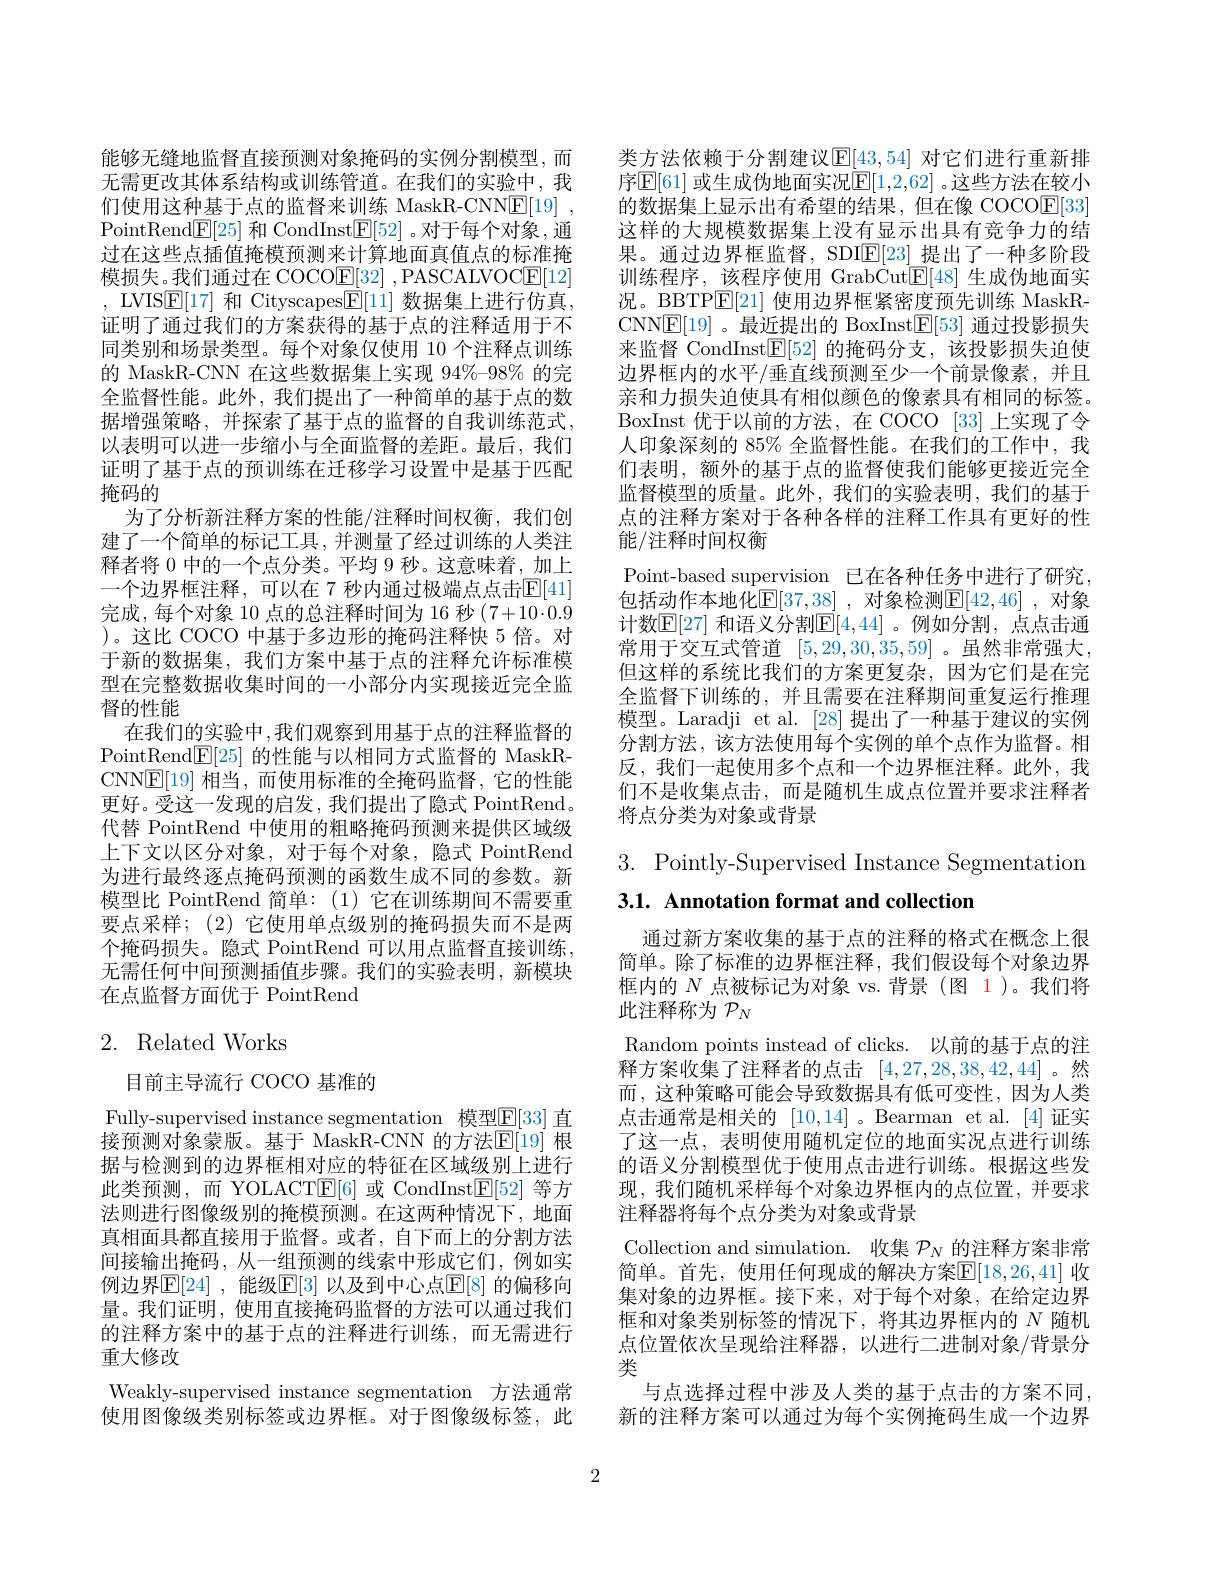
能够无缝地监督直接预测对象掩码的实例分割模型，而无需更改其体系结构或训练管道。在我们的实验中，我们使用这种基于点的监督来训练 MaskR-CNN$\underline {\mathrm{F} }[ 19]$ , PointRend$\underline{\mathbb{E}}[25]$和 CondInst$\underline{\mathbb{E}}[52]$ 。对于每个对象，通过在这些点插值掩模预测来计算地面真值点的标准掩模损失。我们通过在 COCO$\mathbb{E}[32]$ ,PASCALVOCE[12] , LVISE[17] 和 Cityscapes$\boxed{\mathrm{E}}[11]$ 数据集上进行仿真， 证明了通过我们的方案获得的基于点的注释适用于不同类别和场景类型。每个对象仅使用 10 个注释点训练的 MaskR-CNN 在这些数据集上实现 94%-98% 的完全监督性能。此外，我们提出了一种简单的基于点的数据增强策略，并探索了基于点的监督的自我训练范式， 以表明可以进一步缩小与全面监督的差距。最后，我们证明了基于点的预训练在迁移学习设置中是基于匹配掩码的
为了分析新注释方案的性能/注释时间权衡，我们创建了一个简单的标记工具，并测量了经过训练的人类注释者将 0 中的一个点分类。平均 9 秒。这意味着，加上一个边界框注释，可以在 7 秒内通过极端点点击$\mathbb{E}[41]$ 完成，每个对象 10 点的总注释时间为 16 秒$(7+10\cdot0.9$ )。这比 COCO 中基于多边形的掩码注释快 5 倍。对于新的数据集，我们方案中基于点的注释允许标准模型在完整数据收集时间的一小部分内实现接近完全监督的性能
在我们的实验中，我们观察到用基于点的注释监督的PointRend$\boxed{\mathrm{E}}[25]$的性能与以相同方式监督的 MaskRCNN$\boxed{\mathrm{E}}[19]$相当，而使用标准的全掩码监督，它的性能更好。受这一发现的启发，我们提出了隐式 PointRend。代替 PointRend 中使用的粗略掩码预测来提供区域级上下文以区分对象，对于每个对象，隐式 PointRend 为进行最终逐点掩码预测的函数生成不同的参数。新模型比 PointRend 简单：(1)它在训练期间不需要重要点采样；(2)它使用单点级别的掩码损失而不是两个掩码损失。隐式 PointRend 可以用点监督直接训练， 无需任何中间预测插值步骤。我们的实验表明，新模块在点监督方面优于 PointRend

# 2. Related Works

目前主导流行 COCO 基准的

Fully-supervised instance segmentation 模型$\mathbb{E}[33]$ 直接预测对象蒙版。基于 MaskR-CNN 的方法$\mathbb{E}[19]$ 根据与检测到的边界框相对应的特征在区域级别上进行此类预测，而 YOLACT$\mathbb{E}[6]$或 CondInst$\mathbb{E}[52]$等方法则进行图像级别的掩模预测。在这两种情况下，地面真相面具都直接用于监督。或者，自下而上的分割方法间接输出掩码，从一组预测的线索中形成它们，例如实例边界$\mathbb{E}[24]$ ,能级$\mathbb{E}[3]$ 以及到中心点$\mathbb{E}[8]$ 的偏移向量。我们证明，使用直接掩码监督的方法可以通过我们的注释方案中的基于点的注释进行训练，而无需进行重大修改
Weakly-supervised instance segmentation 方法通常使用图像级类别标签或边界框。对于图像级标签，此

类方法依赖于分割建议$\mathbb{E}[43,54]$ 对它们进行重新排序$\boxed{\mathrm{E}}[61]$ 或生成伪地面实况$\boxed{\mathrm{E}}[1,2,62]$ 。这些方法在较小的数据集上显示出有希望的结果，但在像 COCO$\underline{\mathrm{E}}[33]$ 这样的大规模数据集上没有显示出具有竞争力的结果。通过边界框监督，SDI$\mathbb{E}[23]$提出了一种多阶段训练程序，该程序使用 GrabCuti$E[ 48]$生成伪地面实况。BBTP$\boxed{\mathrm{F}}[21]$使用边界框紧密度预先训练 MaskRCNN$\underline{\mathrm{E}}[19]$ 。最近提出的 BoxInst$\underline{\mathrm{E}}[53]$通过投影损失来监督 CondInst$\boxed{\mathbb{F}}[52]$的掩码分支，该投影损失迫使边界框内的水平/垂直线预测至少一个前景像素，并且亲和力损失迫使具有相似颜色的像素具有相同的标签。BoxInst 优于以前的方法，在 COCO [33] 上实现了令人印象深刻的 85% 全监督性能。在我们的工作中，我们表明，额外的基于点的监督使我们能够更接近完全监督模型的质量。此外，我们的实验表明，我们的基于点的注释方案对于各种各样的注释工作具有更好的性能/注释时间权衡
Point-based supervision 已在各种任务中进行了研究包括动作本地化$\underline{\mathrm{E}}[37,\underline{38}]$ ,对象检测$\underline{\mathrm{E}}[42,46]$ ,对象计数$\mathbb{E}[27]$ 和语义分割$\mathbb{E}[4,44]$ 。例如分割，点点击通常用于交互式管道 [5,29,30,35,59] 。虽然非常强大， 但这样的系统比我们的方案更复杂，因为它们是在完全监督下训练的，并且需要在注释期间重复运行推理模型。Laradji et al. [28] 提出了一种基于建议的实例分割方法，该方法使用每个实例的单个点作为监督。相反，我们一起使用多个点和一个边界框注释。此外，我们不是收集点击，而是随机生成点位置并要求注释者将点分类为对象或背景

$3.{\mathrm{~Pointly-Supervised~Instance~Segmentation}}$
3.1. Annotation format and collection

通过新方案收集的基于点的注释的格式在概念上很简单。除了标准的边界框注释，我们假设每个对象边界框内的$N$点被标记为对象 vs.背景 (图 1)。我们将此注释称为$\mathcal{P}_N$
Random points instead of clicks. 以前的基于点的注释方案收集了注释者的点击[4,27,28,38,42,44]。然而 , 这种策略可能会导致数据具有低可变性，因为人类点击通常是相关的[10,14] 。Bearman et al.[4]证实了这一点，表明使用随机定位的地面实况点进行训练的语义分割模型优于使用点击进行训练。根据这些发现，我们随机采样每个对象边界框内的点位置，并要求注释器将每个点分类为对象或背景
Collection and simulation. 收集$\mathcal{P}_N$的注释方案非常简单。首先，使用任何现成的解决方案$\overline{\mathrm{E}}[18,26,41]$ 收集对象的边界框。接下来，对于每个对象，在给定边界框和对象类别标签的情况下，将其边界框内的$N$随机点位置依次呈现给注释器，以进行二进制对象/背景分类
与点选择过程中涉及人类的基于点击的方案不同， 新的注释方案可以通过为每个实例掩码生成一个边界

2